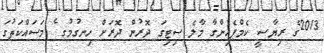
2013ގެ ރިޔާސީ ކެމްޕެއިންގާ މާލެ ސިޓިގަ ދޮރުން ދޮރަށް ހިނގުމުގ ެ މަސައްކަތުގަ